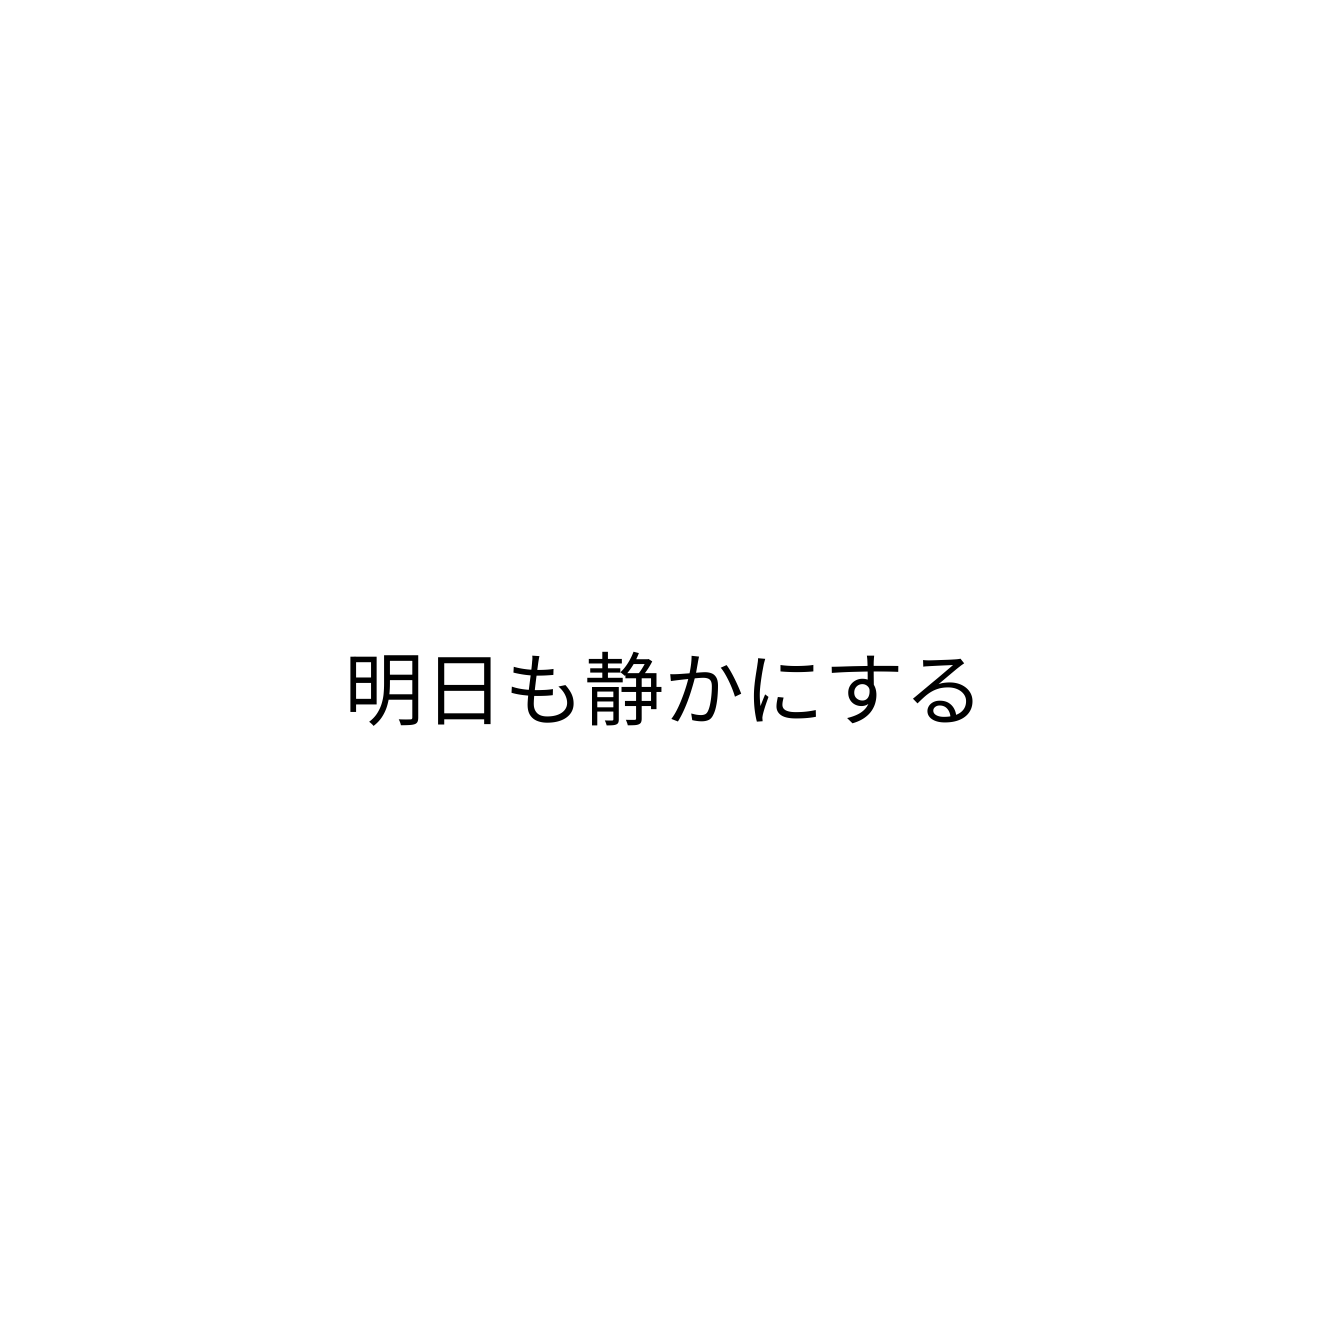
明日も静かにする